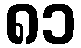
၈၁